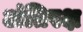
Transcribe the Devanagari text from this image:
अंतिरक्ष